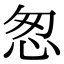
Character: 怱